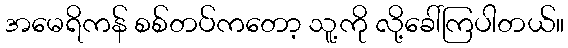
အမေရိကန် စစ်တပ်ကတော့ သူ့ကို လို့ခေါ်ကြပါတယ်။